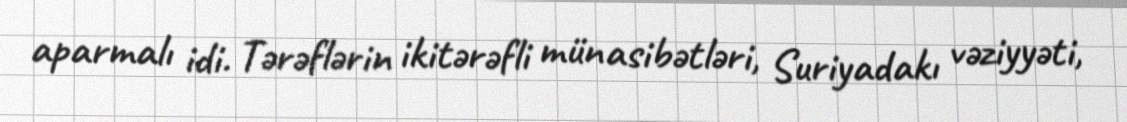
aparmalı idi. Tərəflərin ikitərəfli münasibətləri, Suriyadakı vəziyyəti,